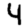
Digit: 4